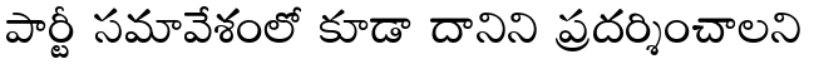
పార్టీ సమావేశంలో కూడా దానిని ప్రదర్శించాలని